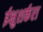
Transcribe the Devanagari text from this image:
ईक्षुशर्करा